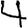
Digit: 4